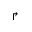
\Rsh